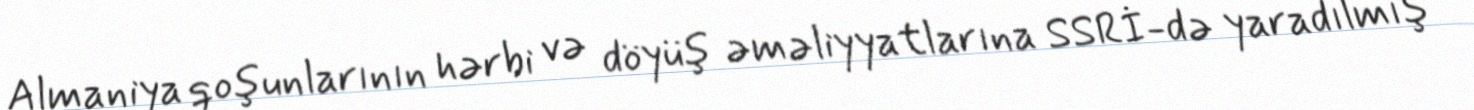
Almaniya qoşunlarının hərbi və döyüş əməliyyatlarına SSRİ-də yaradılmış